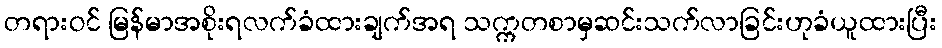
တရားဝင် မြန်မာအစိုးရလက်ခံထားချက်အရ သက္ကတစာမှဆင်းသက်လာခြင်းဟုခံယူထားပြီး